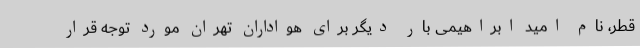
قطر، نام امید ابراهیمی بار دیگر برای هواداران تهران مورد توجه قرار